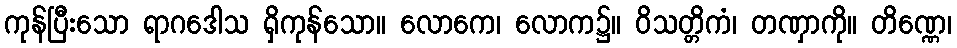
ကုန်ပြီးသော ရာဂဒေါသ ရှိကုန်သော။ လောကေ၊ လောက၌။ ဝိသတ္တိကံ၊ တဏှာကို။ တိဏ္ဏေ၊